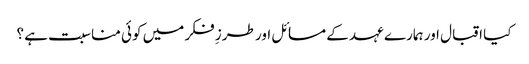
کیا اقبال اور ہمارے عہد کے مسائل اور طرزِ فکر میں کوئی مناسبت ہے ؟